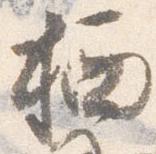
栖